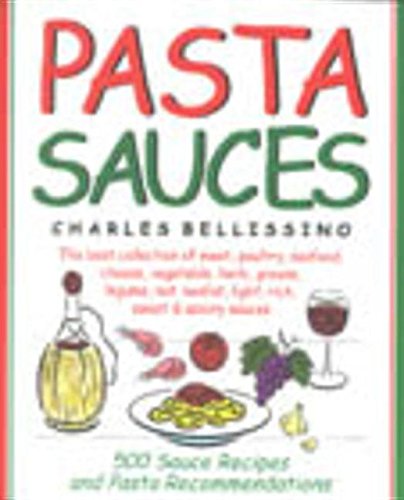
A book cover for Pasta Sauces; Charles A. Bellissino; Cookbooks, Food & Wine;